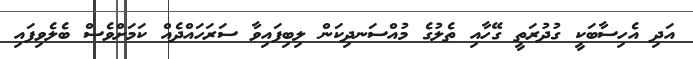
އަދި އެހިސާބަކީ ގުދުރަތީ ގޭހާއި ތެލުގެ މުއްސަނދިކަން ލިބިފައިވާ ސަރަހައްދެއް ކަމަށްވެސް ބެލެވިފައި